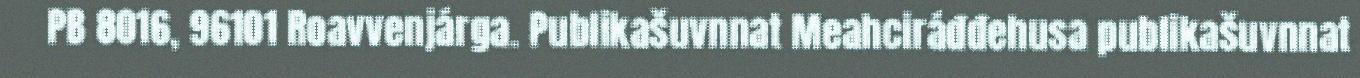
PB 8016, 96101 Roavvenjárga. Publikašuvnnat Meahciráđđehusa publikašuvnnat